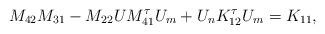
LaTeX: \begin{align*}& M_{42}M_{31}-M_{22}UM_{41}^{\tau}U_m+U_nK_{12}^{\tau}U_m=K_{11},\end{align*}